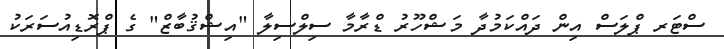
ސްޓަރ ޕްލަސް އިން ދައްކަމުދާ މަޝްހޫރު ޑްރާމާ ސިލްސިލާ "އިޝްޤުބާޒް" ގެ ޕްރޮޑިއުސަރަކު